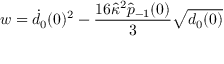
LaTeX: w = \dot { d } _ { 0 } ( 0 ) ^ { 2 } - \frac { 1 6 \hat { \kappa } ^ { 2 } \hat { p } _ { - 1 } ( 0 ) } { 3 } \sqrt { d _ { 0 } ( 0 ) }